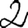
Digit: 2